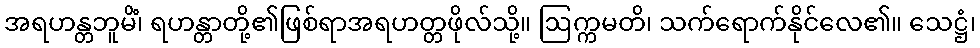
အရဟန္တဘူမိံ၊ ရဟန္တာတို့၏ဖြစ်ရာအရဟတ္တဖိုလ်သို့။ ဩက္ကမတိ၊ သက်ရောက်နိုင်လေ၏။ သေဋ္ဌံ၊